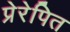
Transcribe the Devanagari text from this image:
प्रेरेपित